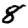
Digit: 8